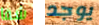
شفا يوجد